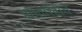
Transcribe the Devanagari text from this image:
ऑथोरिटीचे